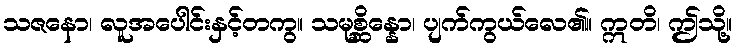
သဇနော၊ လူအပေါင်းနှင့်တကွ။ သမုစ္ဆိန္နော၊ ပျက်ကွယ်လေ၏။ ဣတိ၊ ဤသို့။